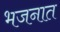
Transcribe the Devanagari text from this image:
भजनात